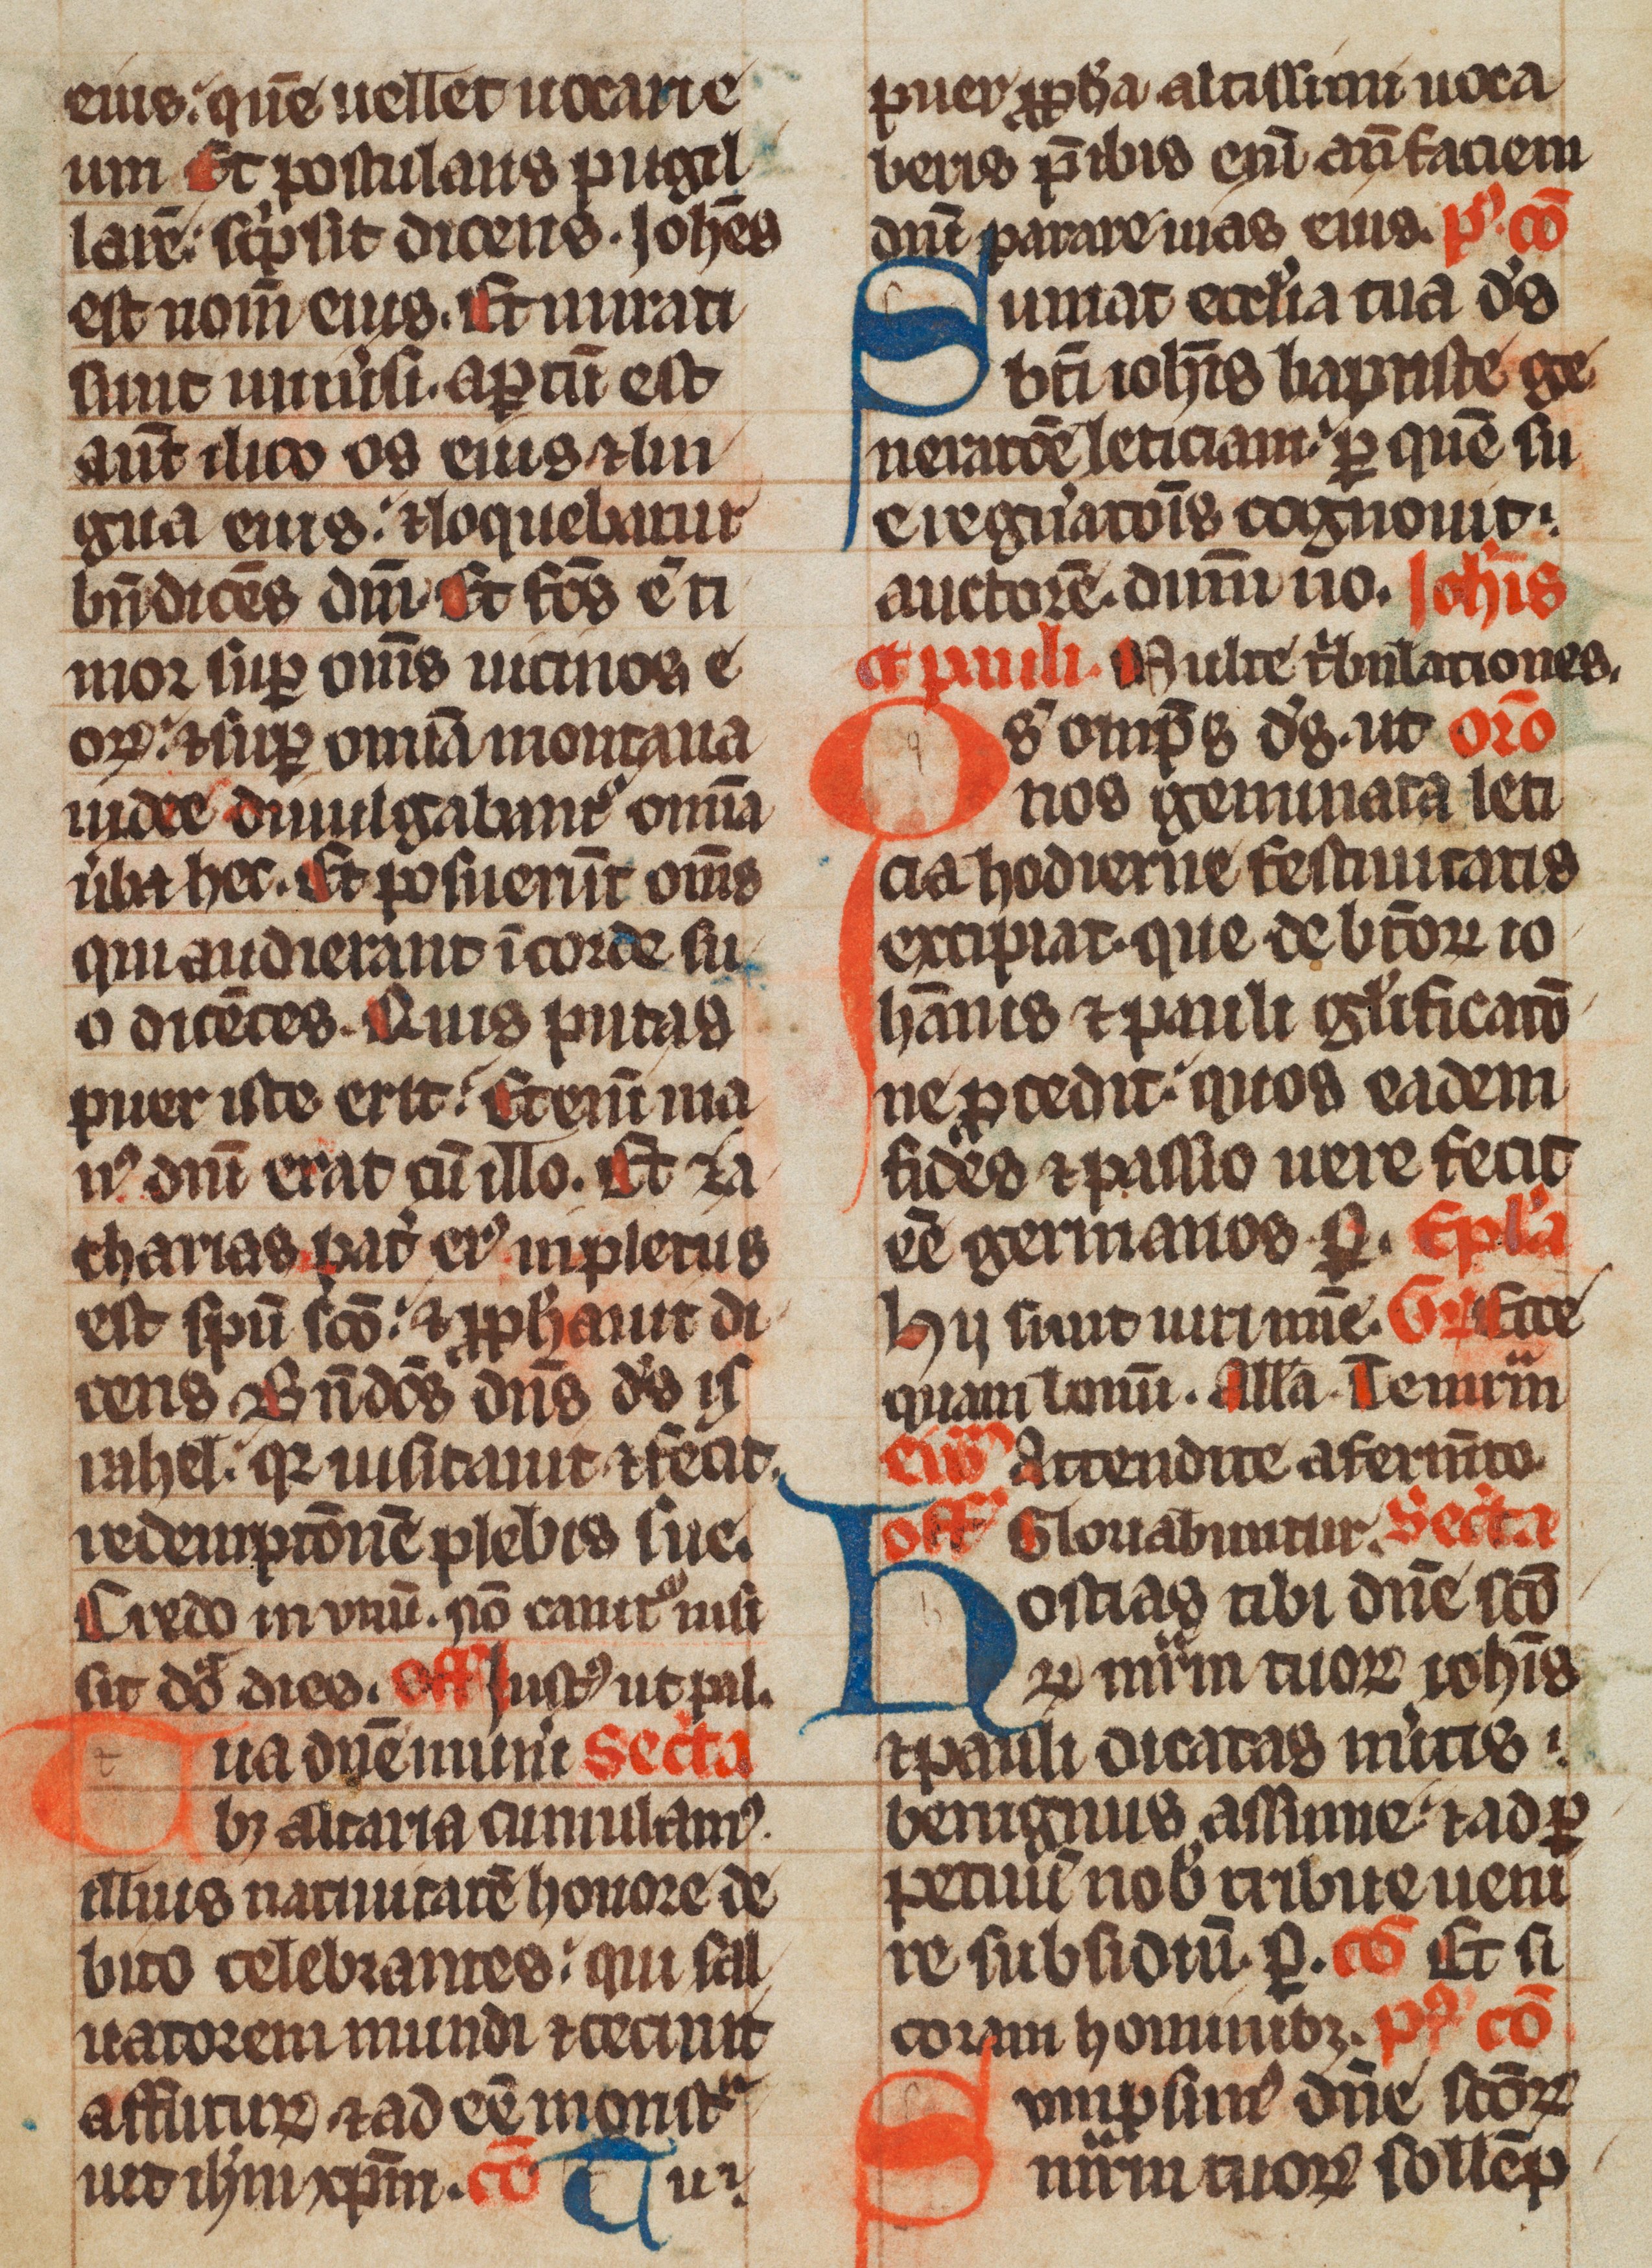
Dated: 1285–1315